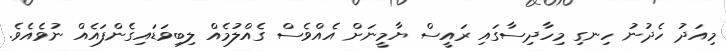
މިއަދު ހެދުނު ހިނގި މިހާދިސާގައި ރައީސް ޔާމީނަށް އެއްވެސް ގެއްލުމެއް ލިބިވަޑައިގެންފައެއް ނުވެއެވެ.